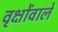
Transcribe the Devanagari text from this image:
वृक्षोंवाले